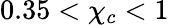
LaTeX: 0.35<\chi_{c}<1